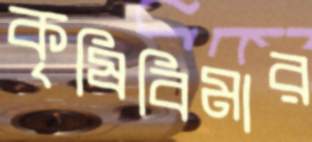
কৃষিবিমার